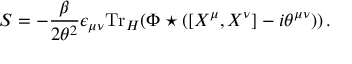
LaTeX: S = - \frac { \beta } { 2 \theta ^ { 2 } } \epsilon _ { \mu \nu } { \mathrm { T r } } _ { { \cal H } } ( \Phi \star ( [ X ^ { \mu } , X ^ { \nu } ] - i \theta ^ { \mu \nu } ) ) \, .